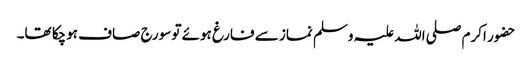
حضور اکرم صلی اللہ علیہ وسلم نماز سے فارغ ہوئے تو سورج صاف ہوچکا تھا۔